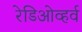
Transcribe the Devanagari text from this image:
रेडिओव्हर्व